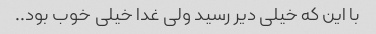
با این که خیلی دیر رسید ولی غدا خیلی خوب بود..